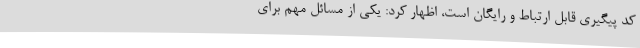
کد پیگیری قابل ارتباط و رایگان است، اظهار کرد: یکی از مسائل مهم برای